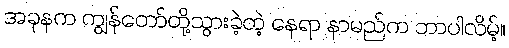
အခုနက ကျွန်တော်တို့သွားခဲ့တဲ့ နေရာ နာမည်က ဘာပါလိမ့်။